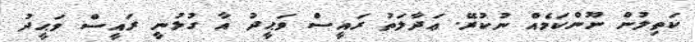
ކަތިލުން ނޫންކަމެއް ނުކުރޭ. ޢަދާލަތު ރައީސް ވަޙީދު އާ ގުޅުނީ ރައީސް ވަޙީދު